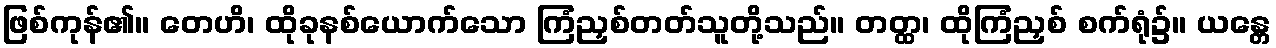
ဖြစ်ကုန်၏။ တေဟိ၊ ထိုခုနစ်ယောက်သော ကြံညှစ်တတ်သူတို့သည်။ တတ္ထ၊ ထိုကြံညှစ် စက်ရုံ၌။ ယန္တေ